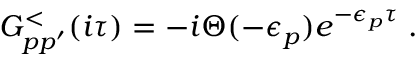
G _ { p p ^ { \prime } } ^ { < } ( i \tau ) = - i \Theta ( - \epsilon _ { p } ) e ^ { - \epsilon _ { p } \tau } \; .